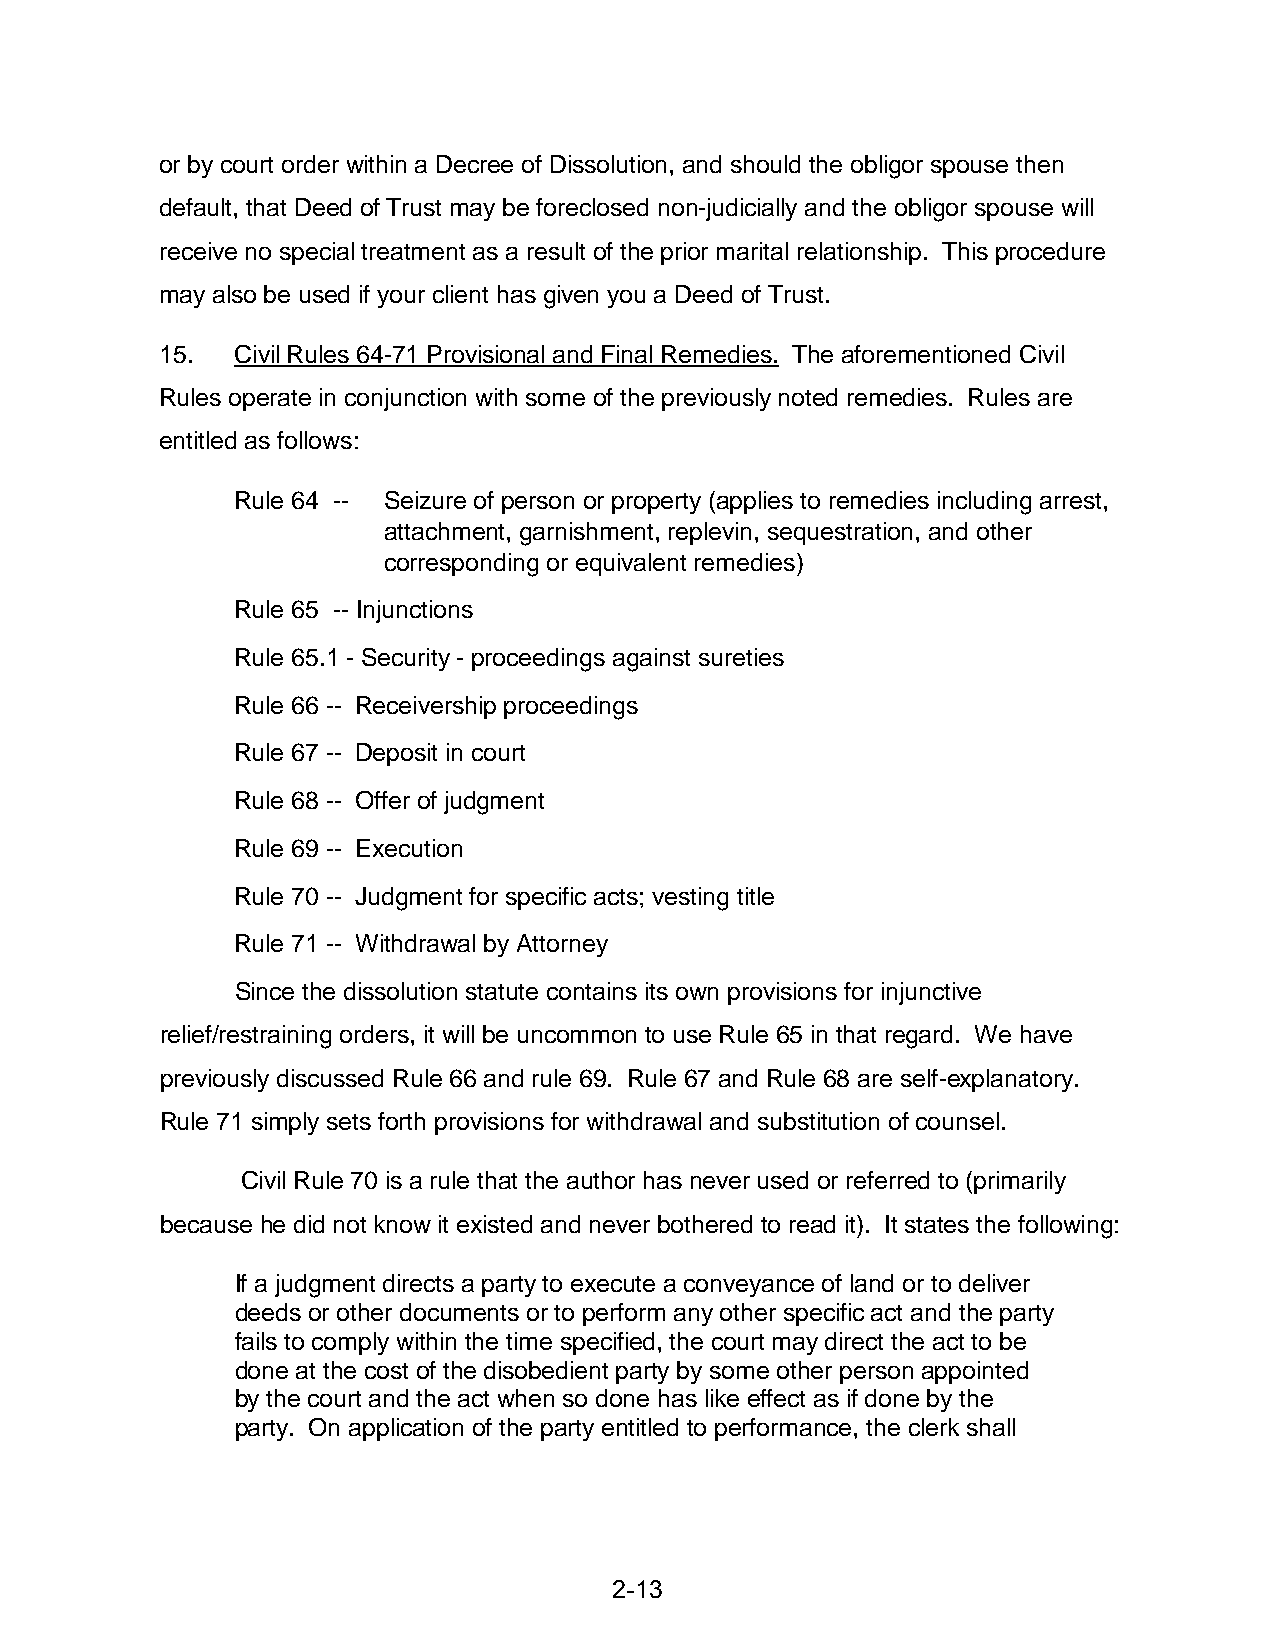
or by court order within a Decree of Dissolution, and should the obligor spouse then
 default, that Deed of Trust may be foreclosed non-judicially and the obligor spouse will
 receive no special treatment as a result of the prior marital relationship. This procedure
 may also be used if your client has given you a Deed of Trust.
 15.  Civil Rules 64-71 Provisional and Final Remedies. The aforementioned Civil
 Rules operate in conjunction with some of the previously noted remedies. Rules are
 entitled as follows:
 Rule 64 -- Seizure of person or property (applies to remedies including arrest,
 attachment, garnishment, replevin, sequestration, and other
 corresponding or equivalent remedies)
 Rule 65 -- Injunctions
 Rule 65.1 - Security - proceedings against sureties
 Rule 66 -- Receivership proceedings
 Rule 67 -- Deposit in court
 Rule 68 -- Offer of judgment
 Rule 69 -- Execution
 Rule 70 -- Judgment for specific acts; vesting title
 Rule 71 -- Withdrawal by Attorney
 Since the dissolution statute contains its own provisions for injunctive
 relief/restraining orders, it will be uncommon to use Rule 65 in that regard. We have
 previously discussed Rule 66 and rule 69. Rule 67 and Rule 68 are self-explanatory.
 Rule 71 simply sets forth provisions for withdrawal and substitution of counsel.
 Civil Rule 70 is a rule that the author has never used or referred to (primarily
 because he did not know it existed and never bothered to read it). It states the following:
 If a judgment directs a party to execute a conveyance of land or to deliver
 deeds or other documents or to perform any other specific act and the party
 fails to comply within the time specified, the court may direct the act to be
 done at the cost of the disobedient party by some other person appointed
 by the court and the act when so done has like effect as if done by the
 party. On application of the party entitled to performance, the clerk shall
 2-13